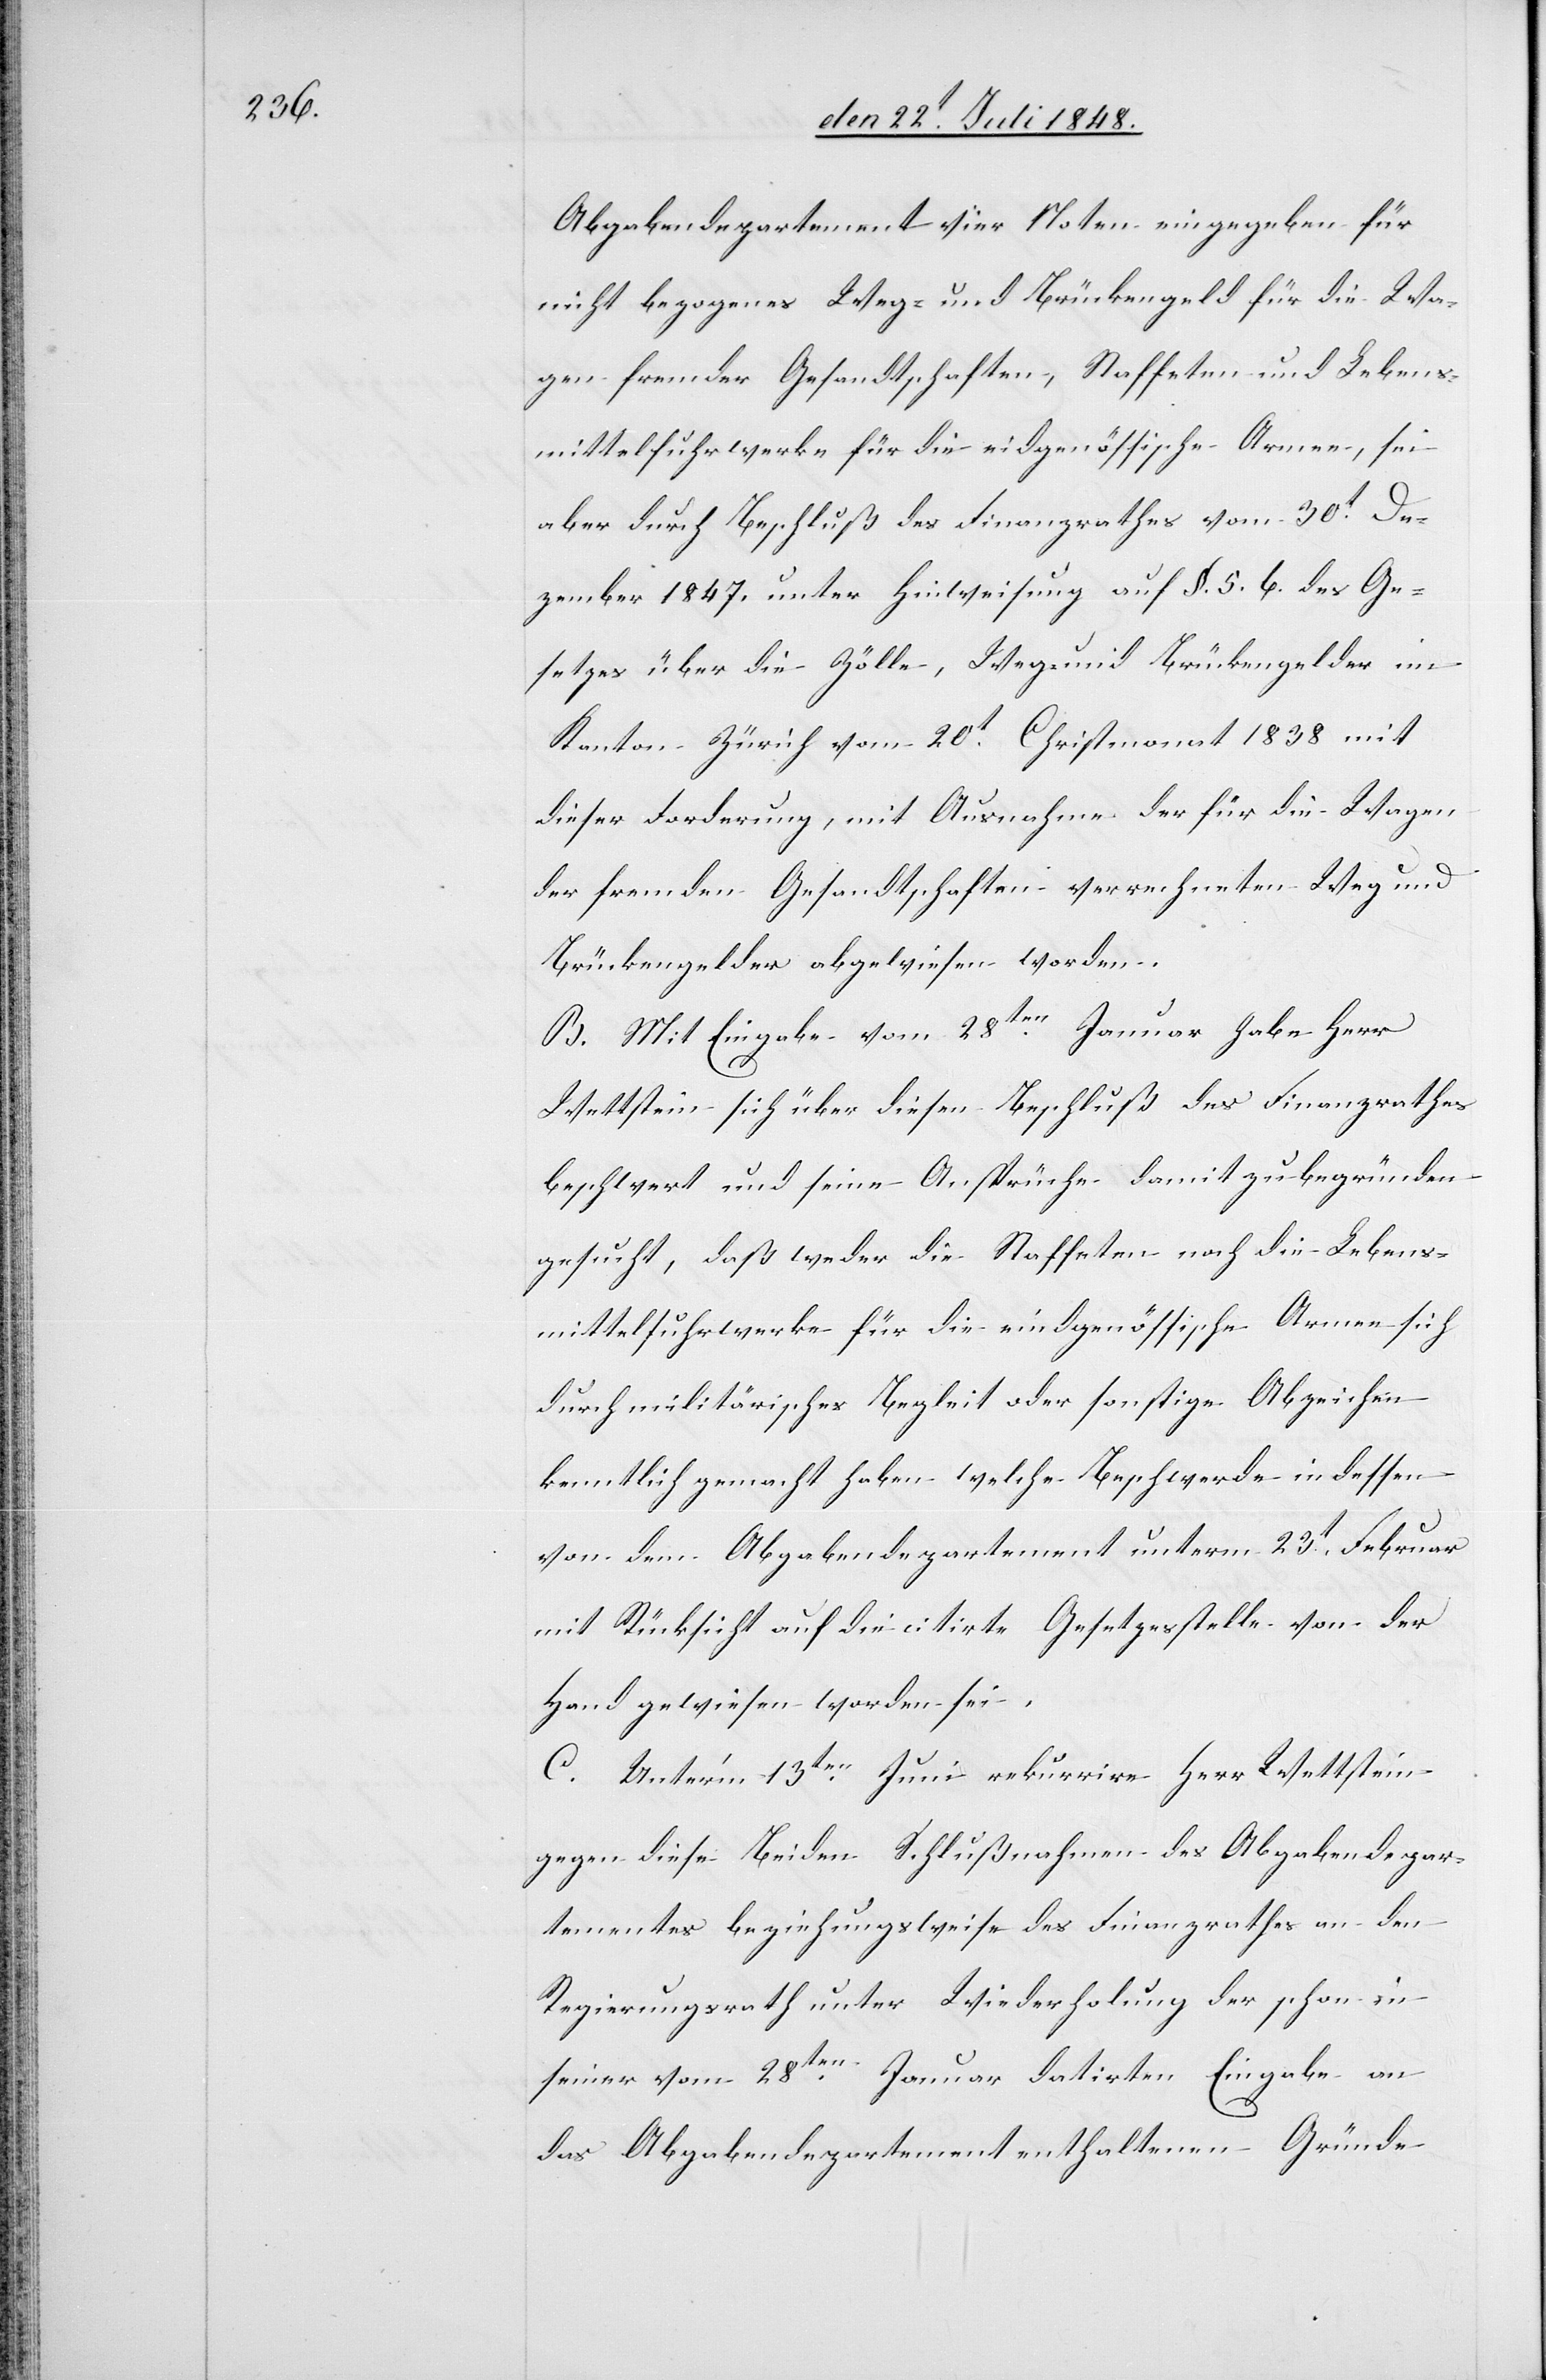
Abgabendepartement vier Noten eingegeben für
nicht bezogenes Weg- und Brückengeld für die Wa¬
gen fremder Gesandtschaften, Staffeten und Lebens¬
mittelfuhrwerke für die eidgenössische Armee, sei
aber durch Beschluß des Finanzrathes vom 30t De¬
zember 1847. unter Hinweisung auf §. 5. b. des Ge¬
setzes über die Zölle, Weg- und Brückengelder im
Kanton Zürich vom 20t Christmonat 1838 mit
dieser Forderung, mit Ausnahme der für die Wagen
der fremden Gesandtschaften verrechneten Weg[-] und
Brückegelder abgewiesen worden.
B. Mit Eingabe vom 28ten Januar habe Herr
Wettstein sich über diesen Beschluß des Finanzrathes
beschwert und seine Ansprüche damit zu begründen
gesucht, daß weder die Staffeten noch die Lebens¬
mittelfuhrwerke für die eidgenössische Armee sich
durch militärisches Begleit oder sonstige Abzeichen
kenntlich gemacht haben welche Beschwerde in dessen
von dem Abgabendepartement unterm 23t Februar
mit Rücksicht auf die citirte Gesetzesstelle von der
Hand gewiesen worden sei.
C. Unter’m 13ten Juni rekurrire Herr Wettstein
gegen diese Beiden Schlußnahmen des Abgabendepar¬
tementes beziehungsweise des Finanzrathes an den
Regierungsrath unter Wiederholung der schon in
seiner vom 28ten Januar datirten Eingabe an
das Abgabendepartement enthaltenen Gründe